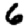
Digit: 6